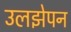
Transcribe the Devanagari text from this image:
उलझेपन